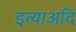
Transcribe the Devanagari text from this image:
इत्याअदि